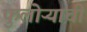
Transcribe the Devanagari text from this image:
फुलोऱ्याची